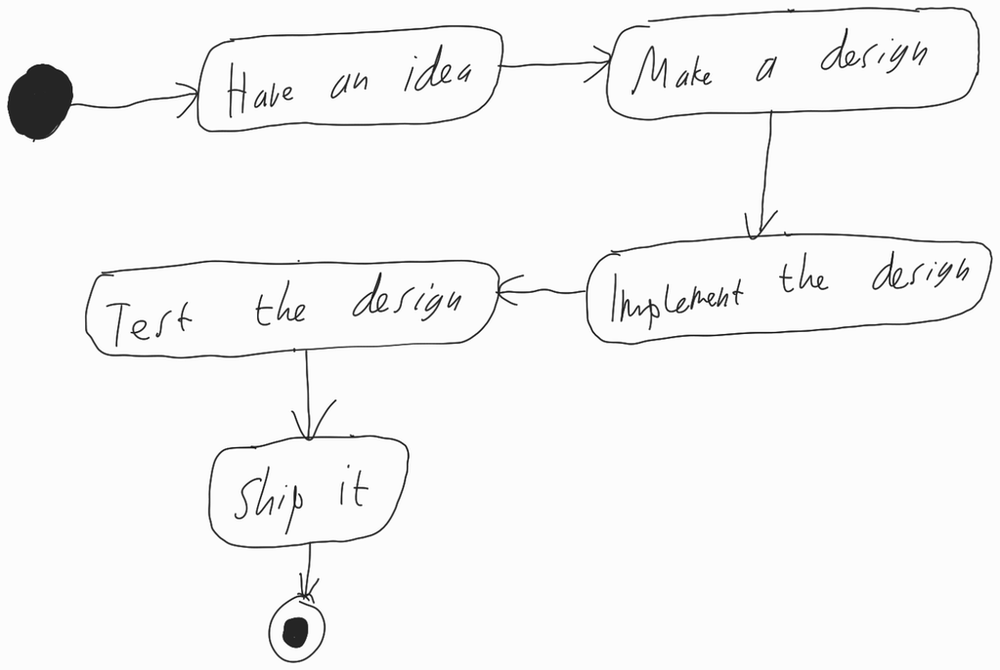
Diagram type: activity_diagram
```plantuml
@startuml

start

:Have an idea;

:Make a design;

:Implement the design;

:Test the design;

:Ship it;

stop

@enduml
```